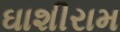
ઘાશીરામ